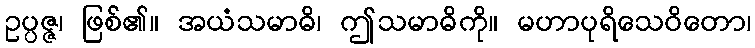
ဥပ္ပဇ္ဇ၊ ဖြစ်၏။ အယံသမာဓိ၊ ဤသမာဓိကို။ မဟာပုရိသေဝိတော၊